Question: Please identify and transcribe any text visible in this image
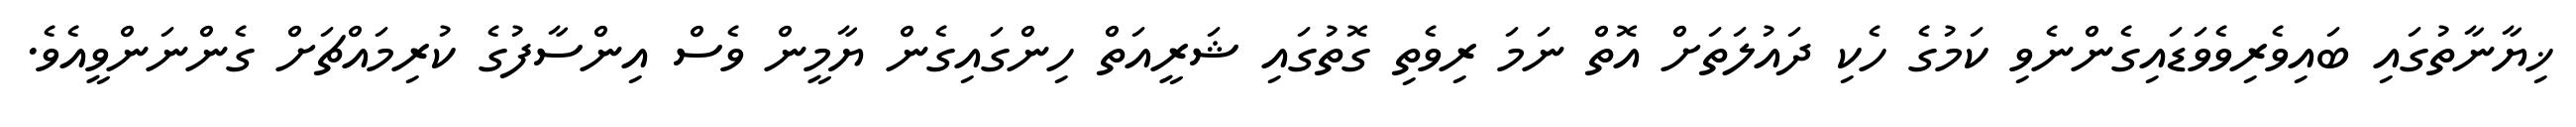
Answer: ޚިޔާނާތުގައި ބައިވެރިވެވަޑައިގެންނެވި ކަމުގެ ހެކި ދައުލަތަށް އޮތް ނަމަ ރިވެތި ގޮތުގައި ޝަރީއަތް ހިންގައިގެން ޔާމީން ވެސް އިންސާފުގެ ކުރިމައްޗަށް ގެންނަންވީއެވެ.